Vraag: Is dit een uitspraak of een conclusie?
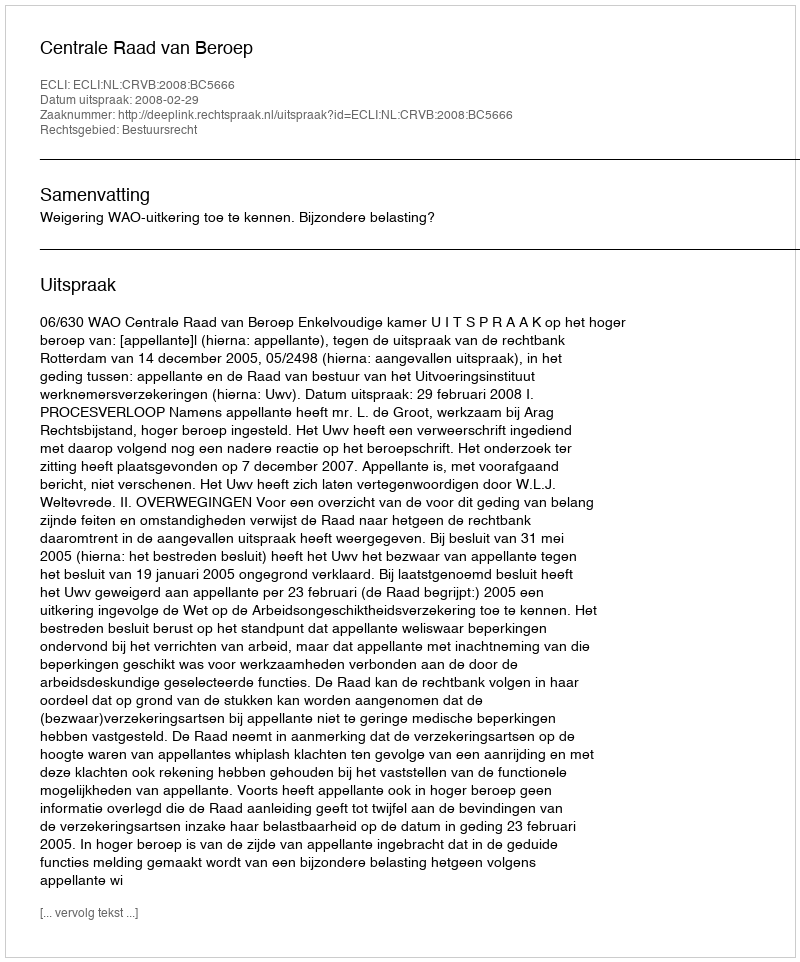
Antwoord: Uitspraak